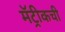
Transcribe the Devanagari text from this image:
मॅट्रीकची